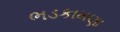
ભડકામણા